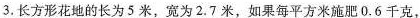
3.长方形花地的长为5米，宽为2.7米，如果每平方米施肥0.6千克，